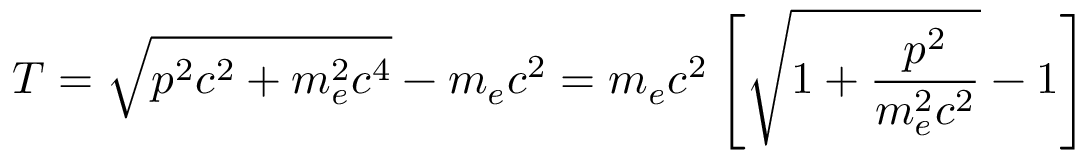
T = { \sqrt { p ^ { 2 } c ^ { 2 } + m _ { e } ^ { 2 } c ^ { 4 } } } - m _ { e } c ^ { 2 } = m _ { e } c ^ { 2 } \left[ { \sqrt { 1 + { \frac { p ^ { 2 } } { m _ { e } ^ { 2 } c ^ { 2 } } } } } - 1 \right]